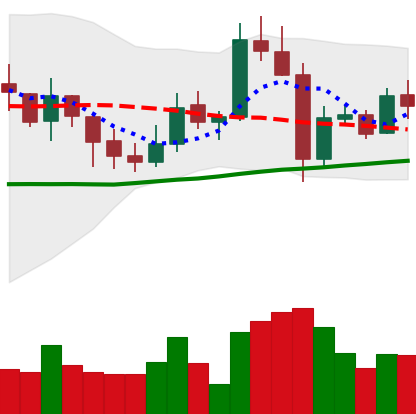
Ticker: XMR-USD
Chart end date: 2021-11-01
Forward return: -4.036%
Label: down_3_5